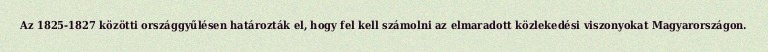
Az 1825-1827 közötti országgyűlésen határozták el, hogy fel kell számolni az elmaradott közlekedési viszonyokat Magyarországon.